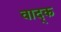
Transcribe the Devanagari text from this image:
वाद्क